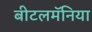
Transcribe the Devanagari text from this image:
बीटलमॅनिया